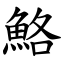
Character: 鮥